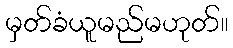
မှတ်ခံယူမည်မဟုတ်။